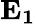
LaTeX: \mathbf{E_{1}}